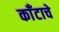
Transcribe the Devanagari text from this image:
काँटाचे